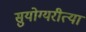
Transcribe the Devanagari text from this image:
सुयोग्यरीत्या